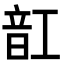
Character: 䪦